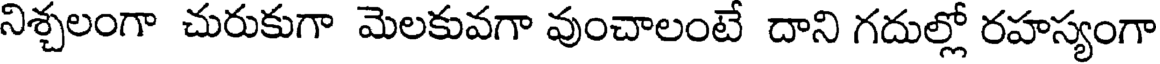
నిశ్చలంగా చురుకుగా మెలకువగా వుంచాలంటే దాని గదుల్లో రహస్యంగా